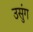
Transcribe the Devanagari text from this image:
उसुंग